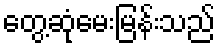
တွေ့ဆုံမေးမြန်းသည်